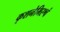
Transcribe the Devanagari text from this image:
कृशनेभिरश्वं